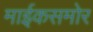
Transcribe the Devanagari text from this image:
माईकसमोर